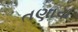
તણાય